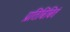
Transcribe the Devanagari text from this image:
प्रतिबिंबितं